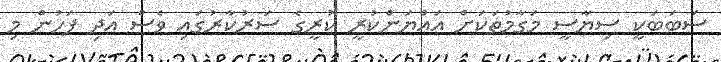
ސަބަބަކީ ސިޔާސީ މަގާމުތަކަށް އައްޔަންކުރީ ކުރީގެ ސަރުކާރުގައި ވެސް އަދި ފަހުން މި